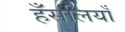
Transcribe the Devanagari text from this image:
हँसलियाँ